Civil Veterinary Department. United Provinces 1932-42 - 1932-1942
Year: 1932
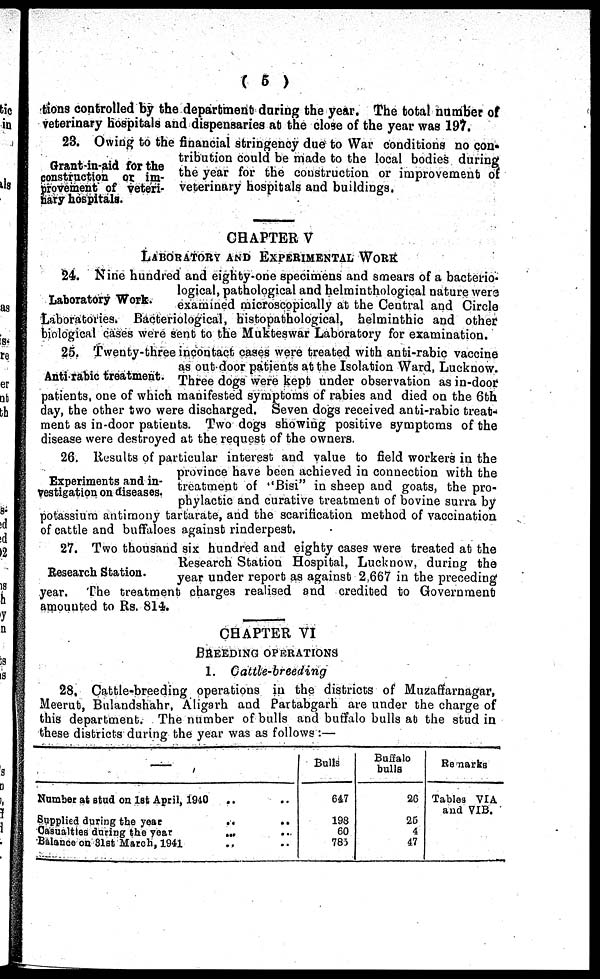
( 5 )
tions controlled by the department during the year. The total number of
veterinary hospitals and dispensaries at the close of the year was 197.
Grant-in-aid for the
construction or im-
provement of veteri-
nary hospitals.
23. Owing to the financial stringency due to War conditions no con-
tribution could be made to the local bodies during
the year for the coustruction or improvement of
veterinary hospitals and buildings,
CHAPTER V
LABORATORY AND EXPERIMENTAL WORK
Laboratory Work.
24. Nine hundred and eighty-one specimens and smears of a bacterio-
logical, pathological and helminthological nature were
examined microscopically at the Central and Circle
Laboratories. Bacteriological, histopathological, helminthic and other
biological cases were sent to the Mukteswar Laboratory for examination.
Anti-rabic treatment.
25. Twenty-three incontact cases were treated with anti-rabic vaccine
as outdoor patients at the Isolation Ward, Lucknow.
Three dogs were kept under observation as in-door
patients, one of which manifested symptoms of rabies and died on the 6th
day, the other two were discharged. Seven dogs received anti-rabic treat-
ment as in-door patients. Two dogs showing positive symptoms of the
disease were destroyed at the request of the owners.
Experiments and in-
vestigation on diseases.
26. Results of particular interest and value to field workers in the
province have been achieved in connection with the
treatment of 'Bisi" in sheep and goats, the pro-
phylactic and curative treatment of bovine surra by
potassium antimony tartarate, and the scarification method of vaccination
of cattle and buffaloes against rinderpest.
Research Station.
27. Two thousand six hundred and eighty cases were treated at the
Research Station Hospital, Lucknow, during the
year under report as against 2,667 in the preceding
year. The treatment charges realised and credited to Government
amounted to Rs. 814.
CHAPTER VI
BREEDING OPERATIONS
1.
Cattle-breeding
28, Cattle-breeding operations in the districts of Muzaffarnagar,
Meerut, Bulandshahr, Aligarh and Partabgarh are under the charge of
this department. The number of bulls and buffalo bulls at the stud in
these districts during the year was as follows:—
—
Number at stud on 1st April, 1940
.. ..
Supplied during the year.
..
..
Casualties during the year
..
..
Balance on 31st March, 1941 .. ..
Bulls
647
198
60
785
Buffalo
bulls
26
25
4
47
Remarks
Tables VIA
and VIB.